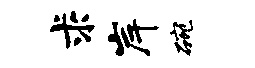
求岸碗